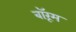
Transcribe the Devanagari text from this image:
बॉरूम